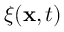
\boldsymbol { \xi } ( { \mathbf { x } } , t )